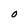
Character: O